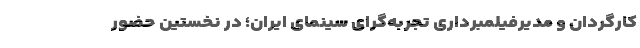
کارگردان و مدیرفیلمبرداری تجربه‌گرای سینمای ایران؛ در نخستین حضور